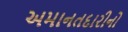
અમાનતદારીનો